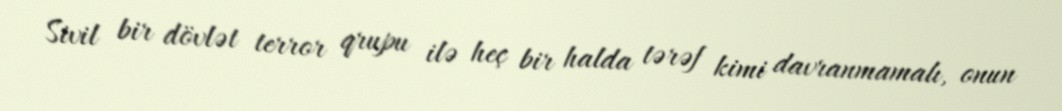
Sivil bir dövlət terror qrupu ilə heç bir halda tərəf kimi davranmamalı, onun